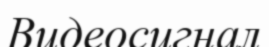
Видеосигнал